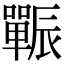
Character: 辴